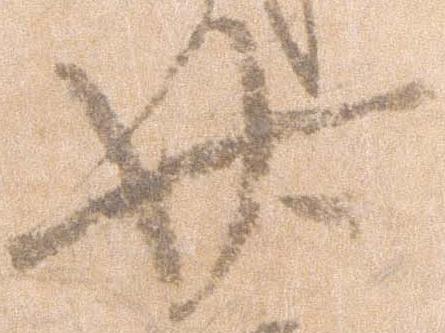
廿